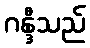
ဂန္ဒီသည်